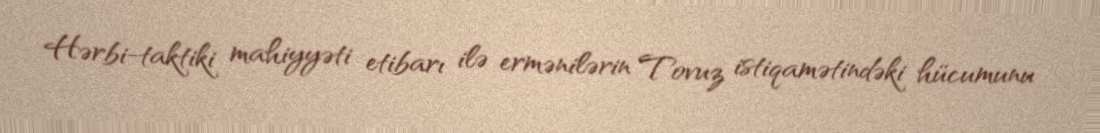
Hərbi-taktiki mahiyyəti etibarı ilə ermənilərin Tovuz istiqamətindəki hücumunu